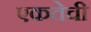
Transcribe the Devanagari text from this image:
एकतेची